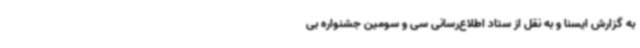
به گزارش ایسنا و به نقل از ستاد اطلاع‌رسانی سی و سومین جشنواره بی